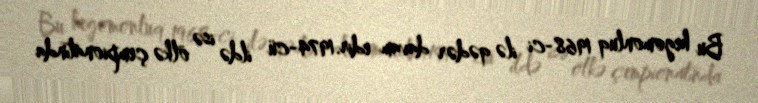
Bu hegomonluq 1968-ci ilə qədər davam edir.1974-cü ildə isə ölkə çempionatında